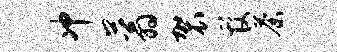
冲蓊袈管荼